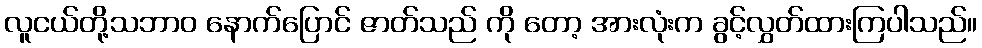
လူငယ်တို့သဘာဝ နောက်ပြောင် ဇာတ်သည် ကို တော့ အားလုံးက ခွင့်လွှတ်ထားကြပါသည်။